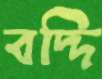
বদ্দি